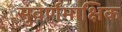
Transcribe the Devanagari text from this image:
सुवर्णमाक्षिक